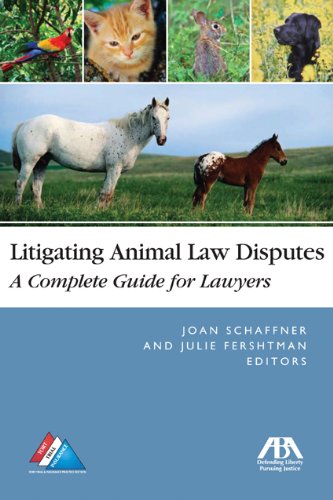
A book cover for Litigating Animal Law Disputes: The Complete Guide for Lawyers; Law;